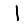
Digit: 1